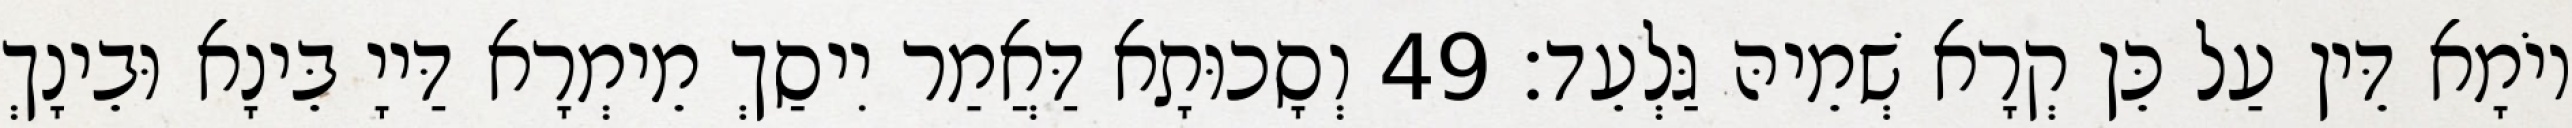
יוֹמָא דֵּין עַל כֵּן קְרָא שְׁמֵיהּ גַּלְעֵד׃ 49 וְסָכוּתָא דַּאֲמַר יִיסַךְ מֵימְרָא דַּייָ בֵּינָא וּבֵינָךְ